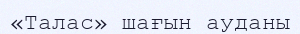
«Талас» шағын ауданы